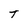
Character: T